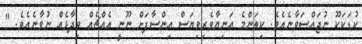
ކުޑަކަކޫ ނުޖައްސަވާނެއެވެ. ކިތަންމެ އަނިޔާވެރިވިޔަސް އިންސާފަށް ނޫނީ އެއްޗެއް ވިދާޅެއް ނުވާނެއެވެ. "